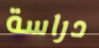
دراسة